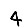
Digit: 4